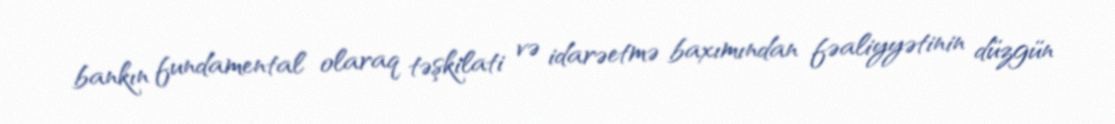
bankın fundamental olaraq təşkilati və idarəetmə baxımından fəaliyyətinin düzgün